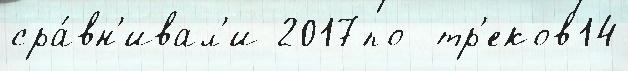
сра́вн'ивал'и 2017по  тр'еков14